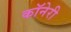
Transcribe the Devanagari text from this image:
कॉनेरी